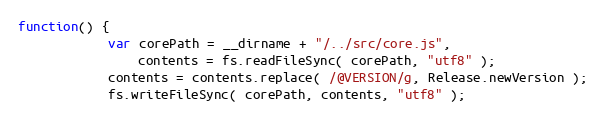
Language: JavaScript
function() {
			var corePath = __dirname + "/../src/core.js",
				contents = fs.readFileSync( corePath, "utf8" );
			contents = contents.replace( /@VERSION/g, Release.newVersion );
			fs.writeFileSync( corePath, contents, "utf8" );